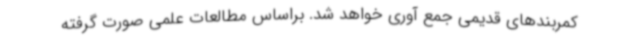
کمربندهای قدیمی جمع آوری خواهد شد. براساس مطالعات علمی صورت گرفته